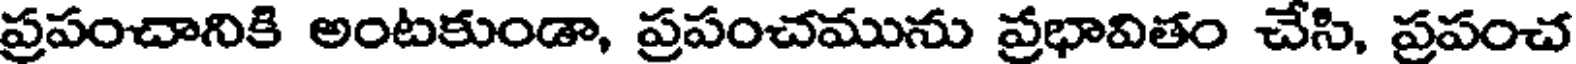
ప్రపంచానికి అంటకుండా, ప్రపంచమును ప్రభావితం చేసి, ప్రపంచ